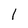
Character: 1